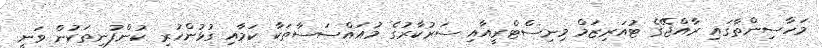
މަހާސިންތާގައި ރާއްޖޭގެ ޓުއަރިޒަމް މިނިސްޓްރީއާއި ސަރުކާރުގެ މުއައްސަސާތަކާ ކަމާއި ގުޅުންހުރި ކުންފުނިތަކުން ވަނީ